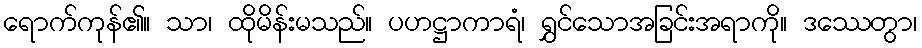
ရောက်ကုန်၏။ သာ၊ ထိုမိန်းမသည်။ ပဟဋ္ဌာကာရံ၊ ရွှင်သောအခြင်းအရာကို။ ဒဿေတွာ၊